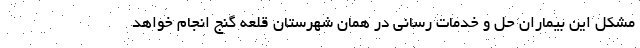
مشکل این بیماران حل و خدمات رسانی در همان شهرستان قلعه گنج انجام خواهد